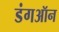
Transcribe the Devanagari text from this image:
डंगऑन